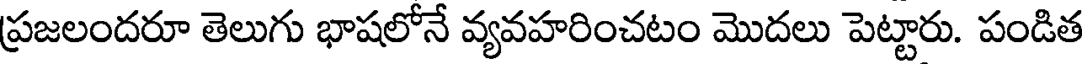
ప్రజలందరూ తెలుగు భాషలోనే వ్యవహరించటం మొదలు పెట్టారు. పండిత